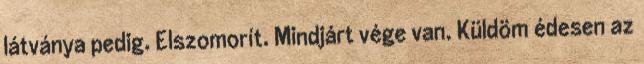
látványa pedig. Elszomorít. Mindjárt vége van. Küldöm édesen az